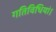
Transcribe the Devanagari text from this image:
गतिविधियां।